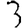
Digit: 3